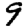
Digit: 9